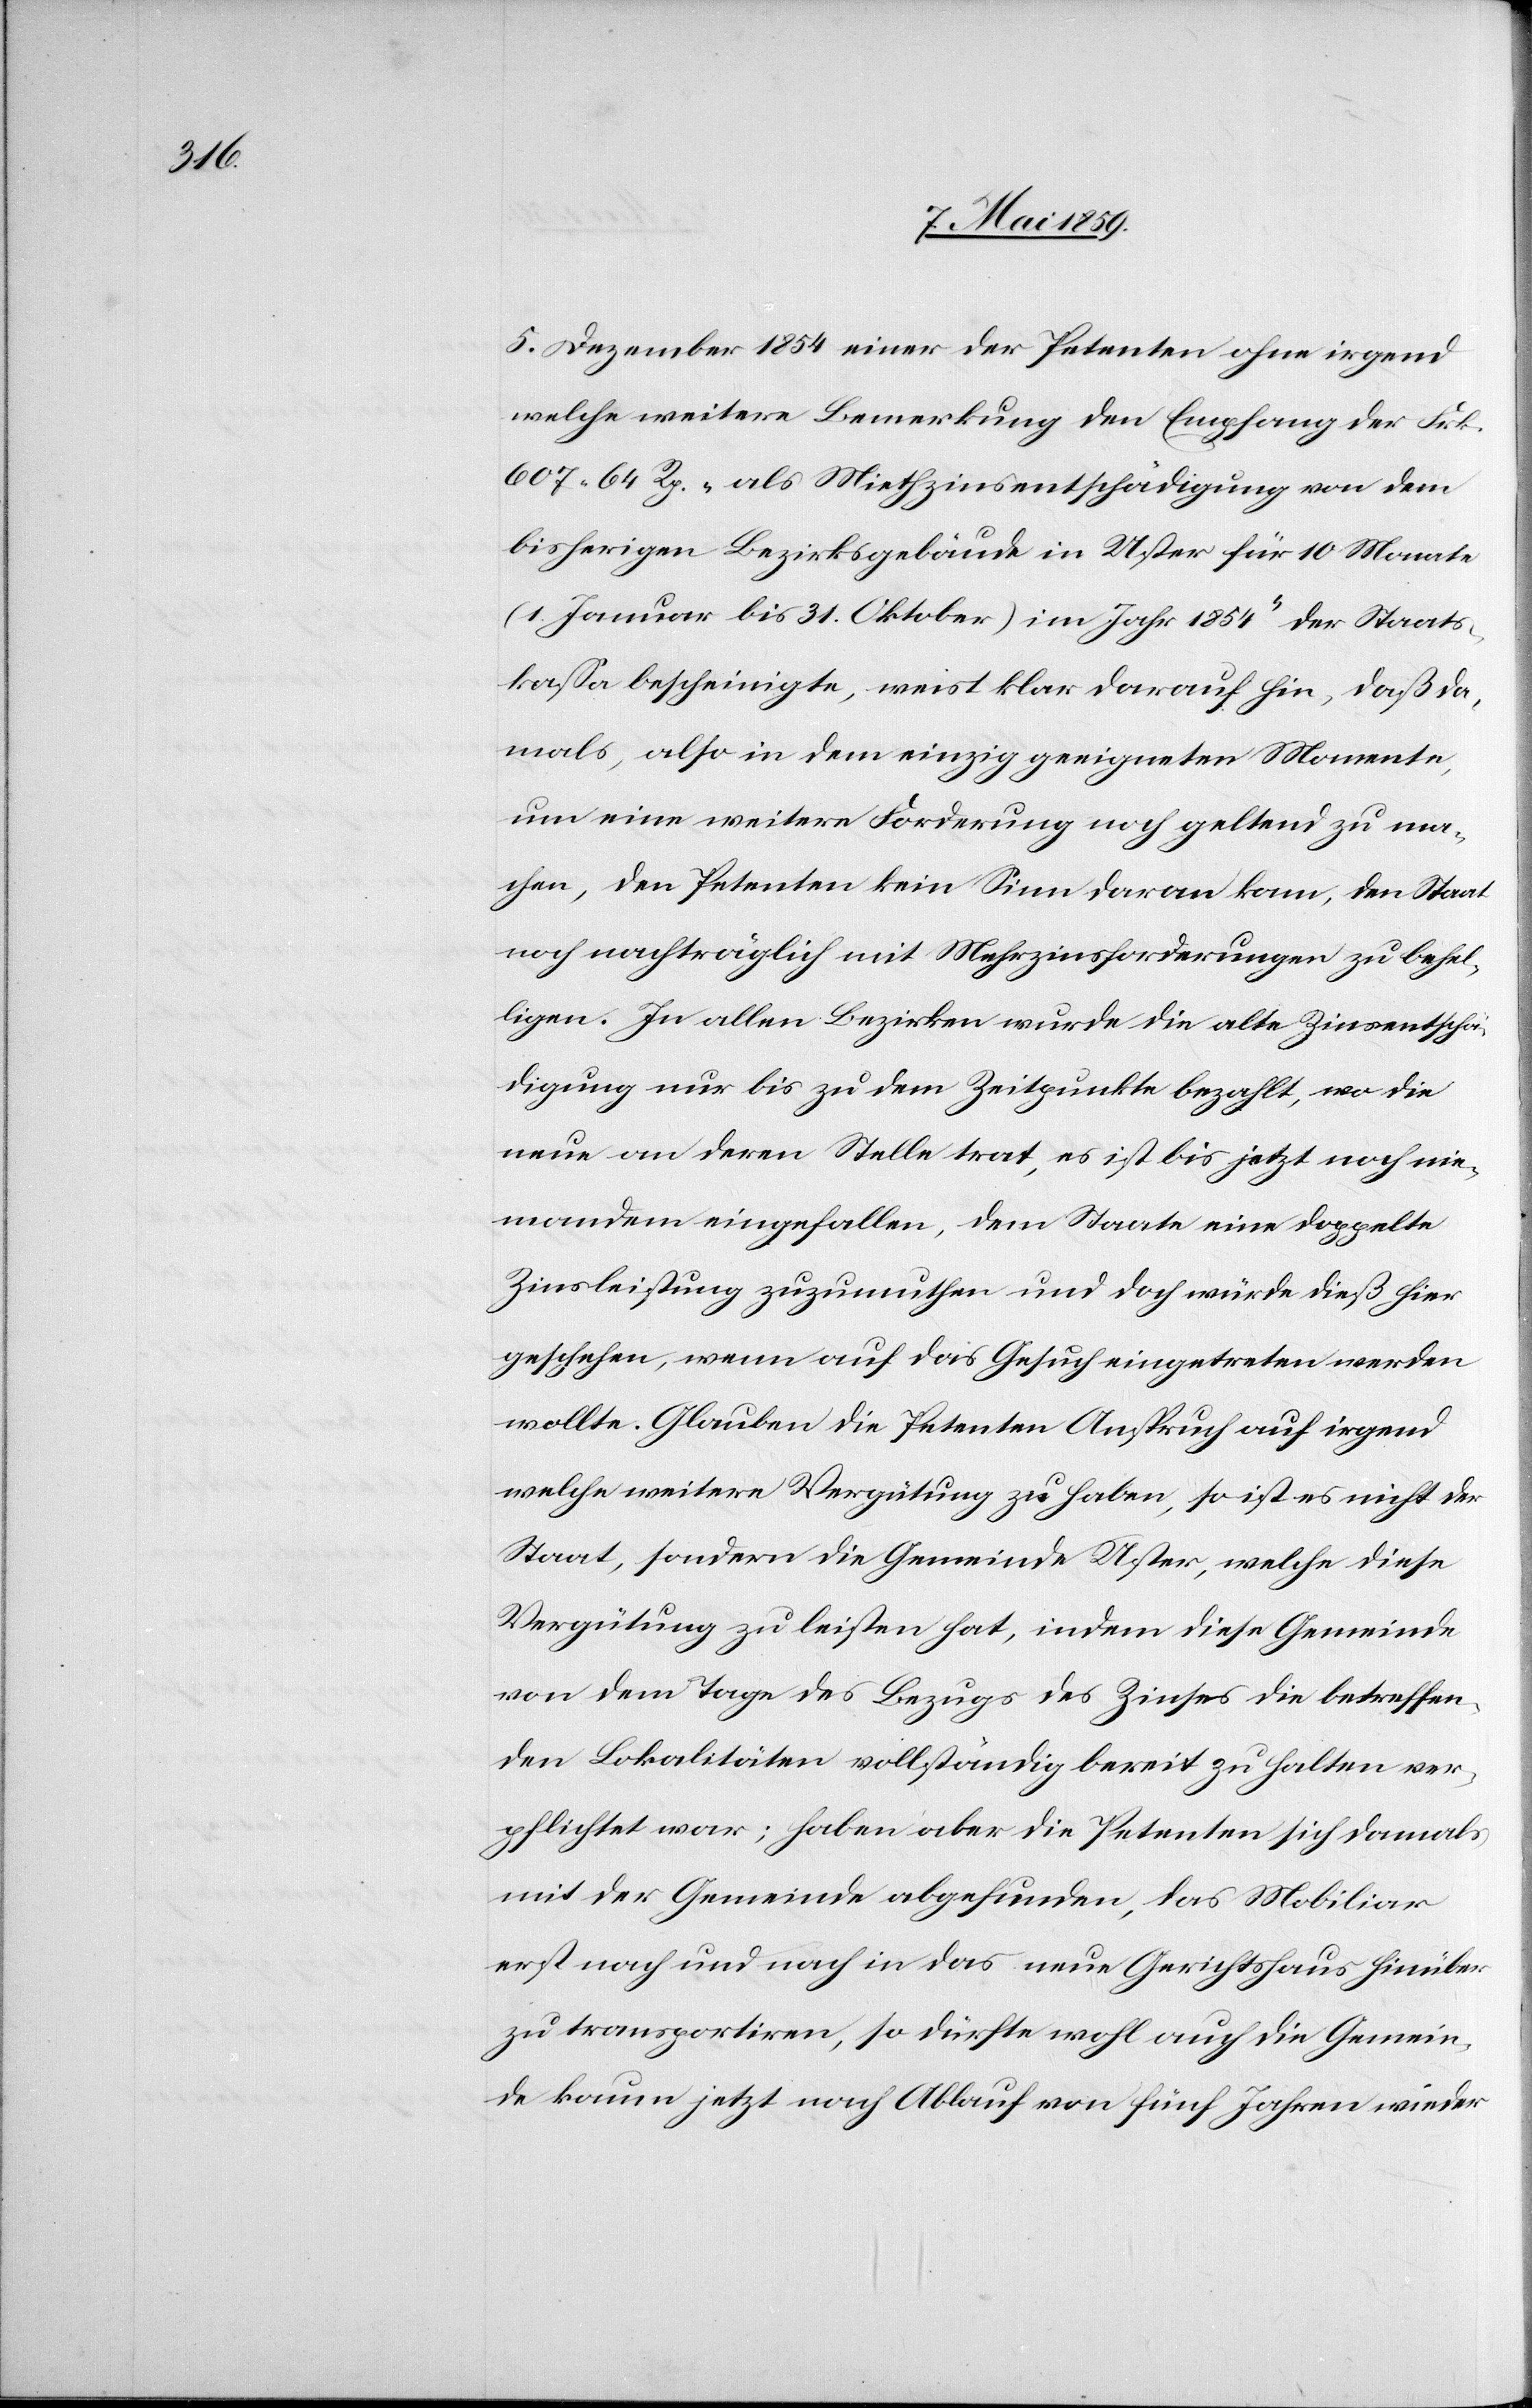
5. Dezember 1854 einer der Petenten ohne irgend
welche weitere Bemerkung den Empfang der Frk.
607 64 Rp. „als Miethzinsentschädigung von dem
bisherigen Bezirksgebäude in Uster für 10 Monate
(1. Januar bis 31. Oktober) im Jahr 1854“ der Staats¬
kaßa bescheinigte, weist klar darauf hin, daß da¬
mals, also in dem einzig geeigneten Momente,
um eine weitere Forderung noch geltend zu ma¬
chen, den Petenten kein Sinn daran kam, den Staat
noch nachträglich mit Mehrzinsforderungen zu behel¬
ligen. In allen Bezirken wurde die alte Zinsentschä¬
digung nur bis zu dem Zeitpunkte bezahlt, wo die
neue an deren Stelle trat, es ist bis jetzt noch nie¬
mandem eingefallen, dem Staate eine doppelte
Zinsleistung zuzumuthen und doch würde dieß hier
geschehen, wenn auf das Gesuch eingetreten werden
wollte. Glauben die Petenten Anspruch auf irgend
welche weitere Vergütung zu haben, so ist es nicht der
Staat, sondern die Gemeinde Uster, welche diese
Vergütung zu leisten hat, indem diese Gemeinde
von dem Tage des Bezugs des Zinses die betreffen¬
den Lokalitäten vollständig bereit zu halten ver¬
pflichtet war; haben aber die Petenten sich damals
mit der Gemeinde abgefunden, das Mobiliar
erst nach und nach in das neue Gerichtshaus hinüber
zu transportiren, so dürfte wohl auch die Gemein¬
de kaum jetzt nach Ablauf von fünf Jahren wieder